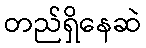
တည်ရှိနေဆဲ